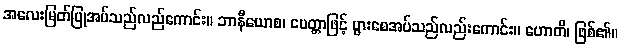
အလေးမြတ်ပြုအပ်သည်လည်ကောင်း။ ဘာနီယောစ၊ မေတ္တာဖြင့် ပွားစေအပ်သည်လည်းကောင်း။ ဟောတိ၊ ဖြစ်၏။